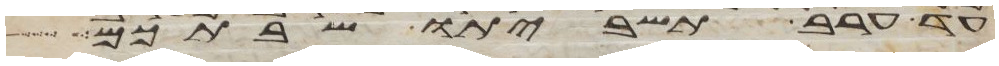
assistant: עד ערב תשביתו שבתכם